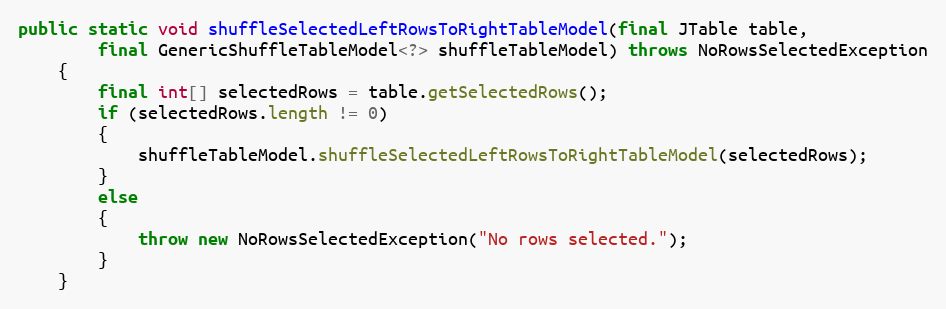
Language: Java
public static void shuffleSelectedLeftRowsToRightTableModel(final JTable table,
		final GenericShuffleTableModel<?> shuffleTableModel) throws NoRowsSelectedException
	{
		final int[] selectedRows = table.getSelectedRows();
		if (selectedRows.length != 0)
		{
			shuffleTableModel.shuffleSelectedLeftRowsToRightTableModel(selectedRows);
		}
		else
		{
			throw new NoRowsSelectedException("No rows selected.");
		}
	}